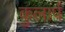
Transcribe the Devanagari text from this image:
कुलार्प